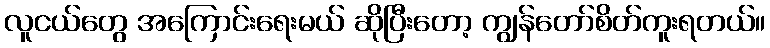
လူငယ်တွေ အကြောင်းရေးမယ် ဆိုပြီးတော့ ကျွန်တော်စိတ်ကူးရတယ်။